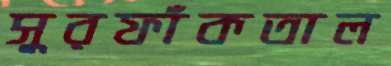
সুরফাঁকতাল